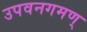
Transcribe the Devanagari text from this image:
उपवनगमण्